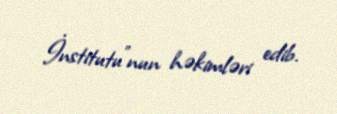
İnstitutu"nun həkimləri edib.